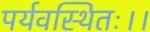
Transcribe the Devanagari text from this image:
पर्यवस्थितः।।